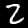
Digit: 2